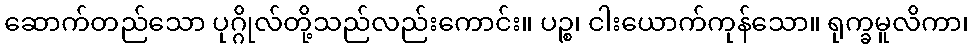
ဆောက်တည်သော ပုဂ္ဂိုလ်တို့သည်လည်းကောင်း။ ပဉ္စ၊ ငါးယောက်ကုန်သော။ ရုက္ခမူလိကာ၊